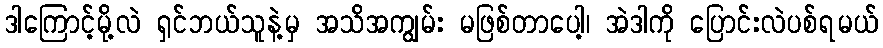
ဒါကြောင့်မို့လဲ ရှင်ဘယ်သူနဲ့မှ အသိအကျွမ်း မဖြစ်တာပေါ့၊ အဲဒါကို ပြောင်းလဲပစ်ရမယ်